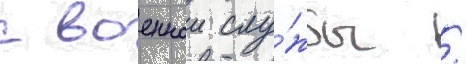
с военнои слу́жбы /